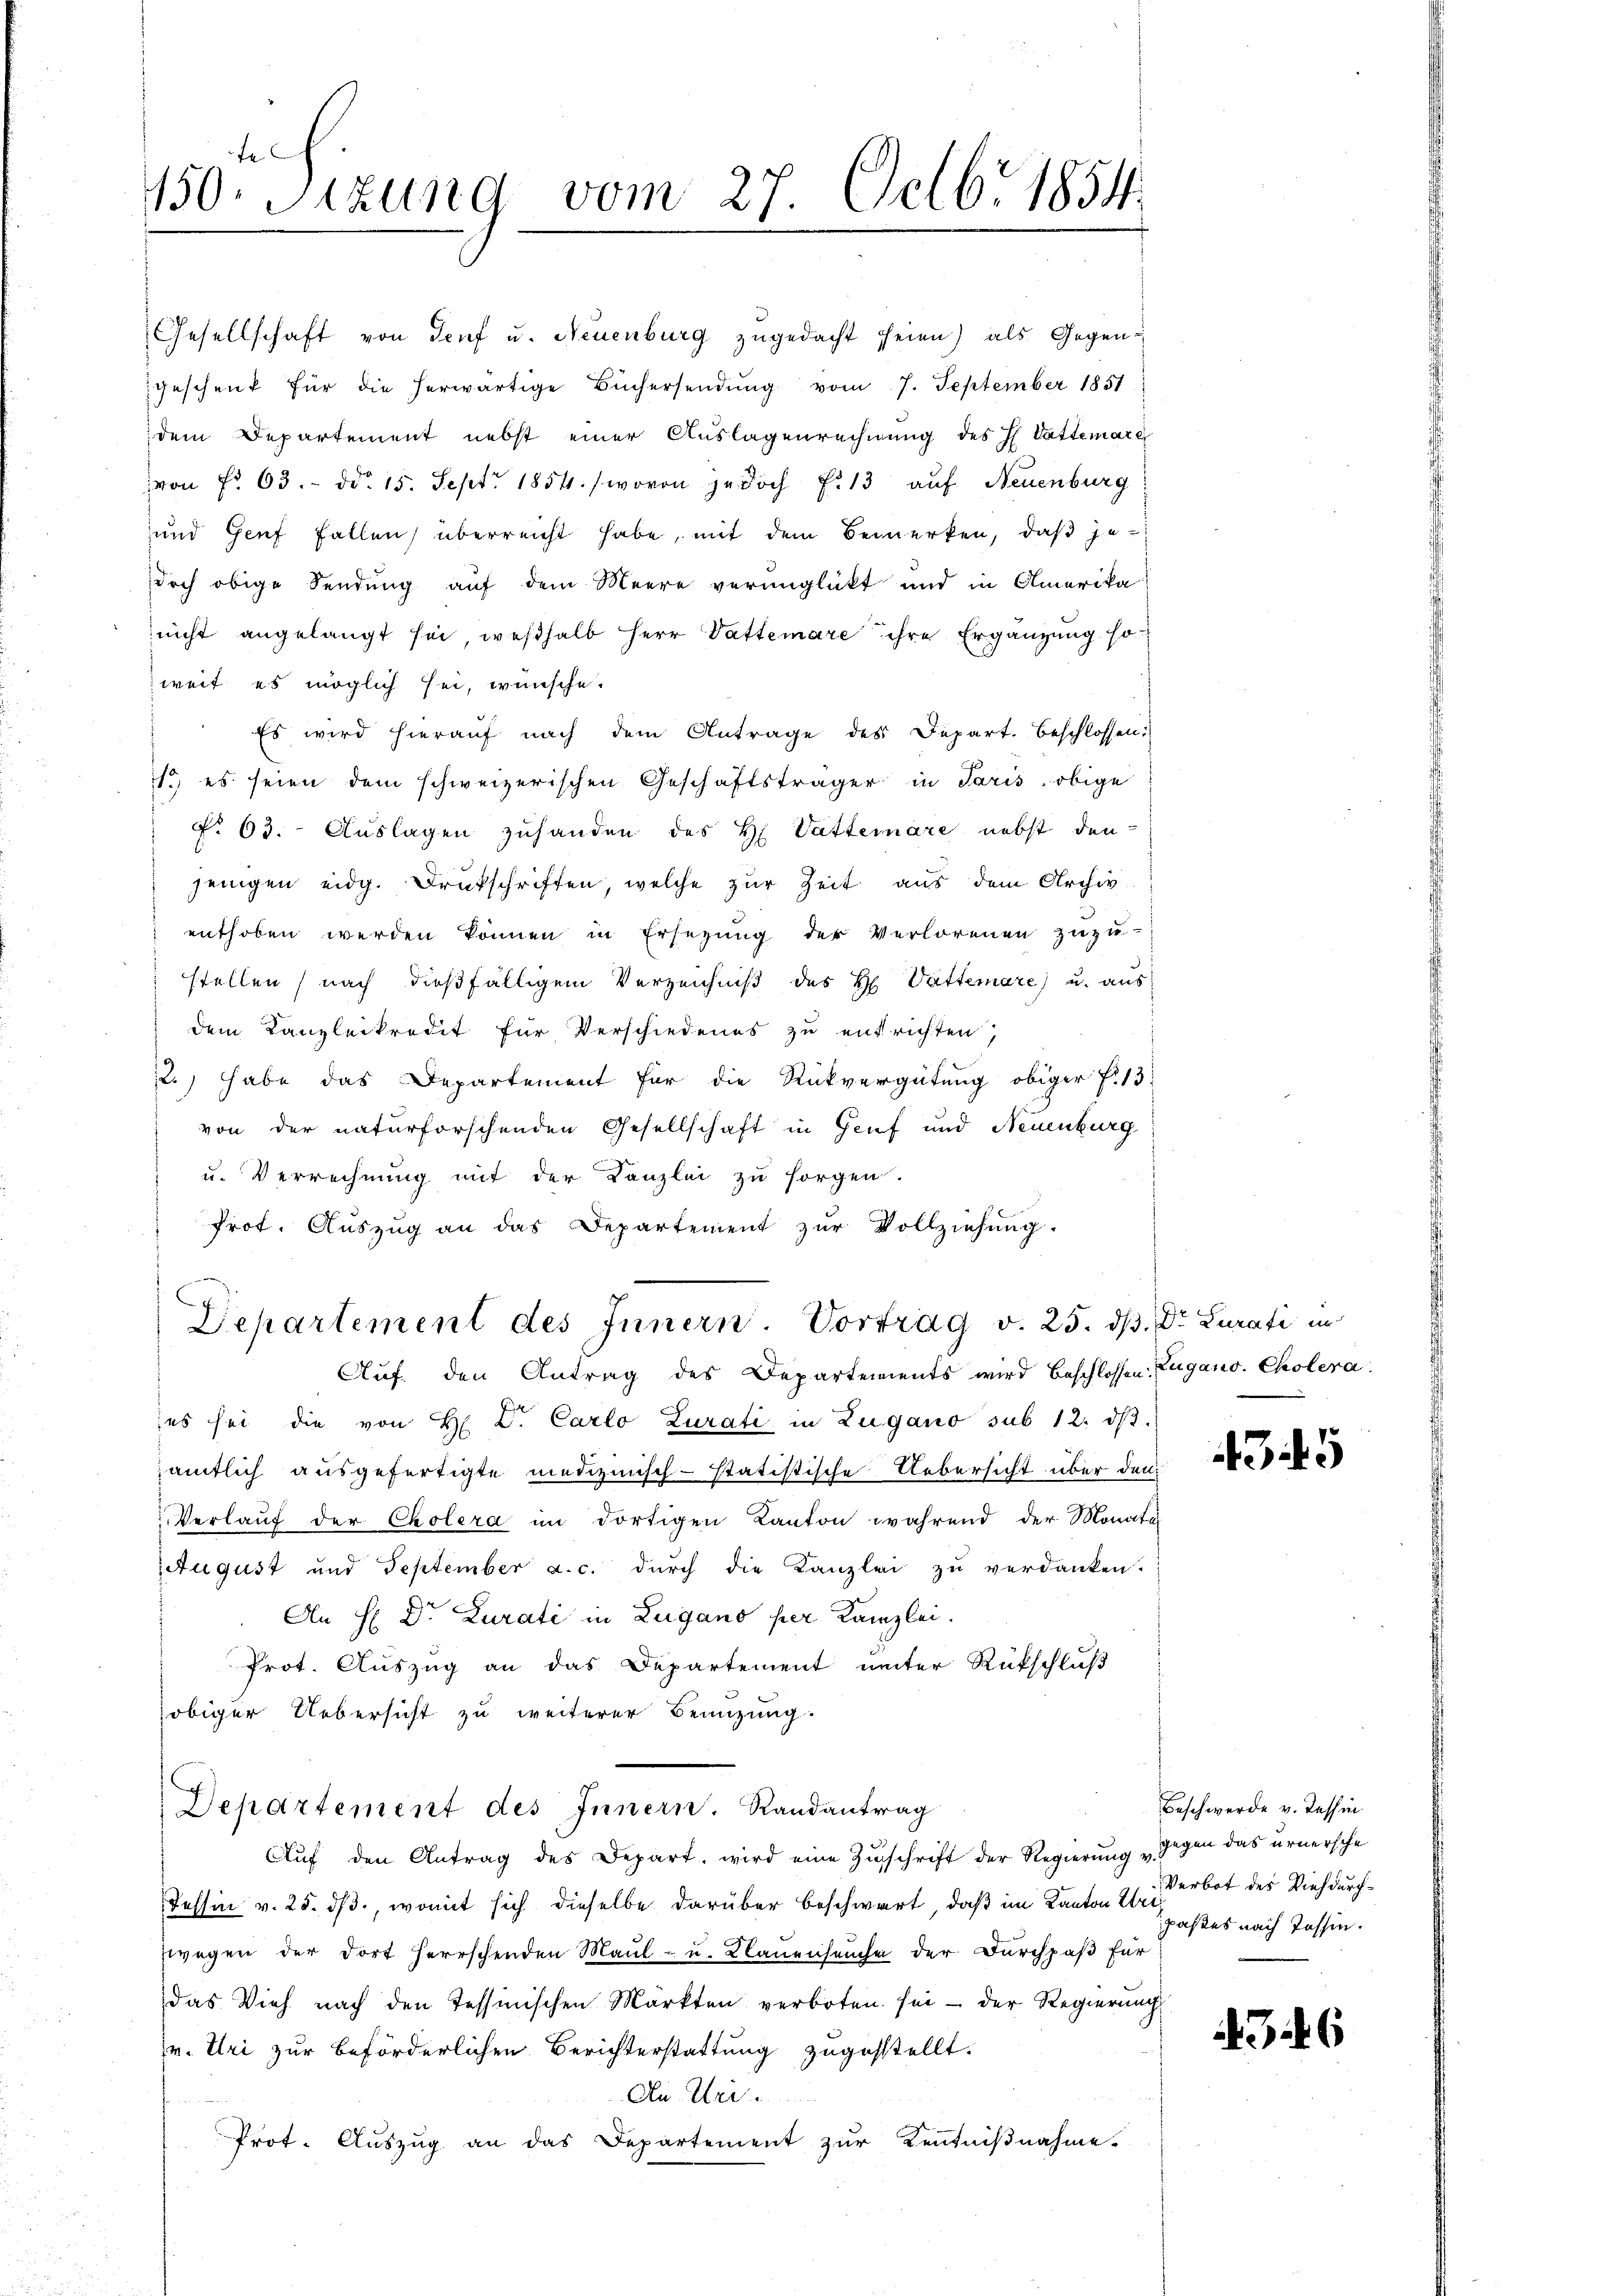
fe
150. Sitzung vom 27. Octbr. 1854.

enthoben werden können in Ersezung der Verlorenen zuzu-
stellen, nach dießfälligem Verzeichniß des H. Vattenare) u. aus
dem Kanzleikredit für Verschiedenes zu entrichten
2.) habe das Departement für die Rückvergütung obiger f. 13
von der naturforschenden Gesellschaft in Genf und Neuenburg
u. Verrechnung mit der Kanzlei zu sorgen.
Prot. Auszug an das Departement zŭr Vollziehŭng.

Gesellschaft von Genf u. Neuenburg zugedacht seien) als Gegengeschenk für die herwärtige Büchersendung vom 7. September 1851
dem Departement nebst einer Auslagenrechnung des H. Vattemate
von No 63. - ddo 15. Sept. 1854. / wovon jedoch f. 13 auf Neuenburg
und Genf Fallen, überreicht habe, mit dem Bemerken, daß jedoch obige Sendung auf dem Meere verunglickt und in Amerika
nicht angelangt sei, weßhalb Herr Vattenare ihre Ergänzung so
weit es möglich sei, wünsche.
Es wird hierauf nach dem Antrage des Depart. beschlossen:
1., es seien dem schweizerischen Geschäftsträger in Paris obige
§ 63. Auslagen zuhanden des H. Vatterare nebst den-
jenigen eidg. Druckschriften, welche zur Zeit aus dem Archiv

Departement des Innern Vortrag v. 25. dß. Dr Curati in
Auf den Antrag des Departements wird beschlossen Zugano. Cholera.

es sei die von H. Dr. Carlo Zurati in Zugano sub 12. dβ.
ämtlich ausgefertigte medizinisch-statistische Uebersicht über den
Verlauf der Cholera im dortigen Kanton während der Monate
August und September a. c. durch die Kanzlei zu verdanken.
An H Dr. Zurati in Zugano per Kanzlei.
Prot. Auszug an das Departement unter Rückschluß
obiger Uebersicht zu weiterer Benuzung.
Departement des Innern. Randantrag
Aŭf den Antrag des Depart, wird eine Zŭschrift der Regierung „Gegen das urnersche
Tessin v. 25. ds., womit sich dieselbe darüber beschwart, daß im Kanton es ist erbot des Vieh durchzwegen der dort herrschenden Maul- u. Klauenseuche der Durchpaß für
das Vieh nach den Tessinischen Märkten verboten sei - der Regierung
v. Uri zur beförderlichen Berichterstattung zugestellt.
An Uri.
Prot. Auszug an das Departement zur Kenntnißnahme.

435

Beschwerde v. Tessin
pastes nach Tessin.

26